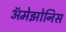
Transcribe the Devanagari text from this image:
ॲमेझोनिस